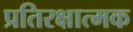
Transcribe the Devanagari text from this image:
प्रतिरक्षात्‍मक